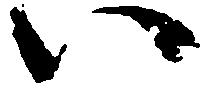
い